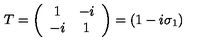
T = \left( \begin{array} { c c } { 1 } & { - i } \\ { - i } & { 1 } \\ \end{array} \right) = ( 1 - i \sigma _ { 1 } )